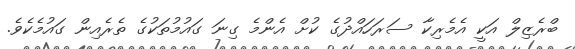
ބްރެޒިލް އަކީ އެމެރިކާ ސަރަހައްދުގެ ކުށް އެންމެ ގިނަ ގައުމުތަކުގެ ތެރެއިން ގައުމެކެވެ.